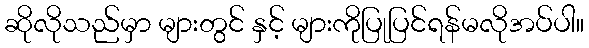
ဆိုလိုသည်မှာ များတွင် နှင့် များကိုပြုပြင်ရန်မလိုအပ်ပါ။